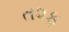
ત૨ફ